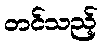
တင်သည့်